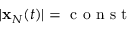
| { \bf x } _ { N } ( t ) | = \mathrm { ~ c ~ o ~ n ~ s ~ t ~ }